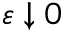
\varepsilon \downarrow 0